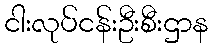
ငါးလုပ်ငန်းဦးစီးဌာန